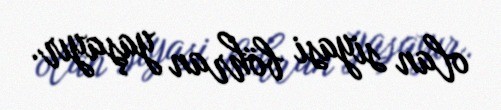
olan siyasi böhran yaşayır.